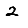
Digit: 2